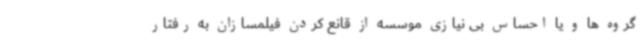
گروه ها و یا احساس بی نیازی موسسه از قانع کردن فیلمسازان به رفتار